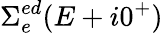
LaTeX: \Sigma_{e}^{ed}(E+i0^{+})